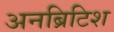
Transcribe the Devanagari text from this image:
अनब्रिटिश